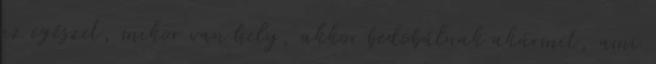
az egészet, mikor van hely, akkor bedobálnak akármit, ami